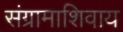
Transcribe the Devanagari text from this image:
संग्रामाशिवाय